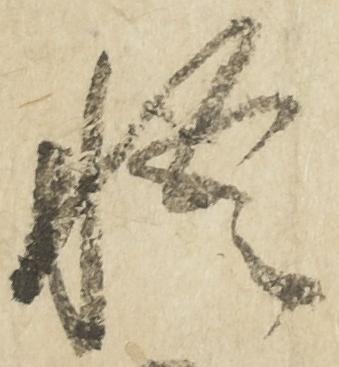
悟